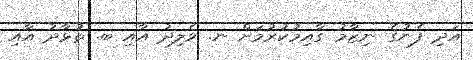
އަދި ފެނުގެ ނިޒާމު ގާއިމުކުރުމަށް ނ. ވެލިދު އާއި ބ. ތުޅާދު އާއި